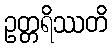
ဥတ္တရိဿတိ